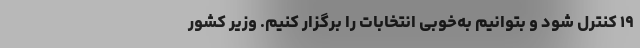
۱۹ کنترل شود و بتوانیم به‌خوبی انتخابات را برگزار کنیم. وزیر کشور